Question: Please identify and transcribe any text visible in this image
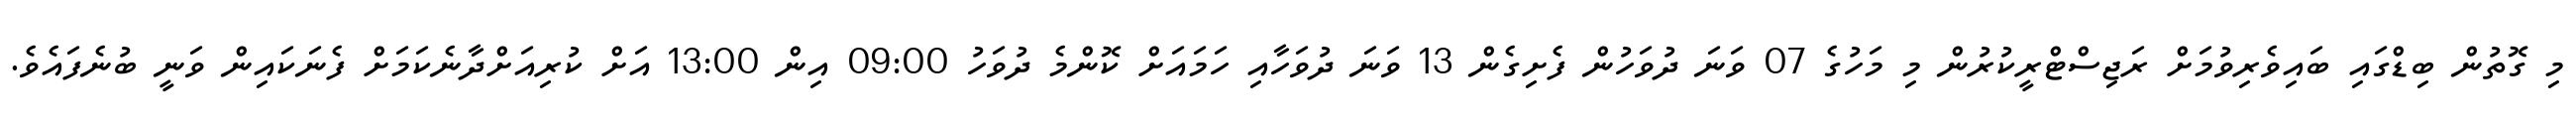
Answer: މި ގޮތުން ބިޑްގައި ބައިވެރިވުމަށް ރަޖިސްޓްރީކުރުން މި މަހުގެ 07 ވަނަ ދުވަހުން ފެށިގެން 13 ވަނަ ދުވަހާއި ހަމައަށް ކޮންމެ ދުވަހު 09:00 އިން 13:00 އަށް ކުރިއަށްދާނެކަމަށް ފެނަކައިން ވަނީ ބުނެފައެވެ.